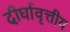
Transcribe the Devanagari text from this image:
दीर्घावृत्तीय